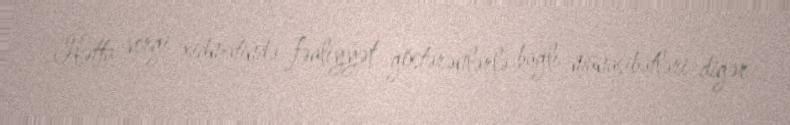
Hətta vergi xidmətində fəaliyyət göstərənlərlə bağlı münasibətləri digər